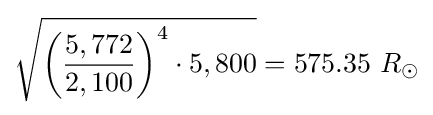
{\sqrt {{\biggl (}{\frac {5,772}{2,100}}{\biggr )}^{4}\cdot 5,800}}=575.35\ R_{\odot }